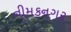
નીમકનગર